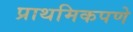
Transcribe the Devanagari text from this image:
प्राथमिकपणे